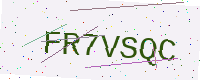
Text: FR7VSQC